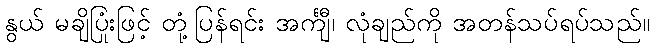
နွယ် မချိပြုံးဖြင့် တုံ့ပြန်ရင်း အင်္ကျီ၊ လုံချည်ကို အတန်သပ်ရပ်သည်။